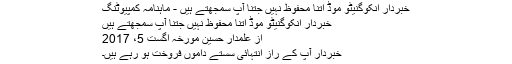
خبردار انکوگنیٹو موڈ اتنا محفوظ نہیں جتنا آپ سمجھتے ہیں - ماہنامہ کمپیوٹنگ
خبردار انکوگنیٹو موڈ اتنا محفوظ نہیں جتنا آپ سمجھتے ہیں
از علمدار حسین مورخہ اگست 5، 2017
خبردار آپ کے راز انتہائی سستے داموں فروخت ہو رہے ہیں۔